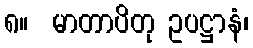
၈။  မာတာပိတု ဥပဋ္ဌာနံ၊